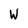
Character: W